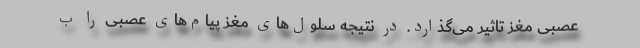
عصبی مغز تاثیر می‌گذارد. در نتیجه سلول‌های مغز پیام‌های عصبی را ب